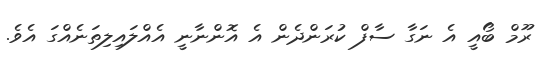
ރޫމް ބޯއީ އެ ނަގާ ސާފް ކުރަންދެން އެ އޮންނާނީ އެއްލައިލިތަނެއްގަ އެވެ.